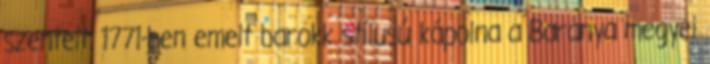
szentelt, 1771-ben emelt barokk stílusú kápolna a Baranya megyei